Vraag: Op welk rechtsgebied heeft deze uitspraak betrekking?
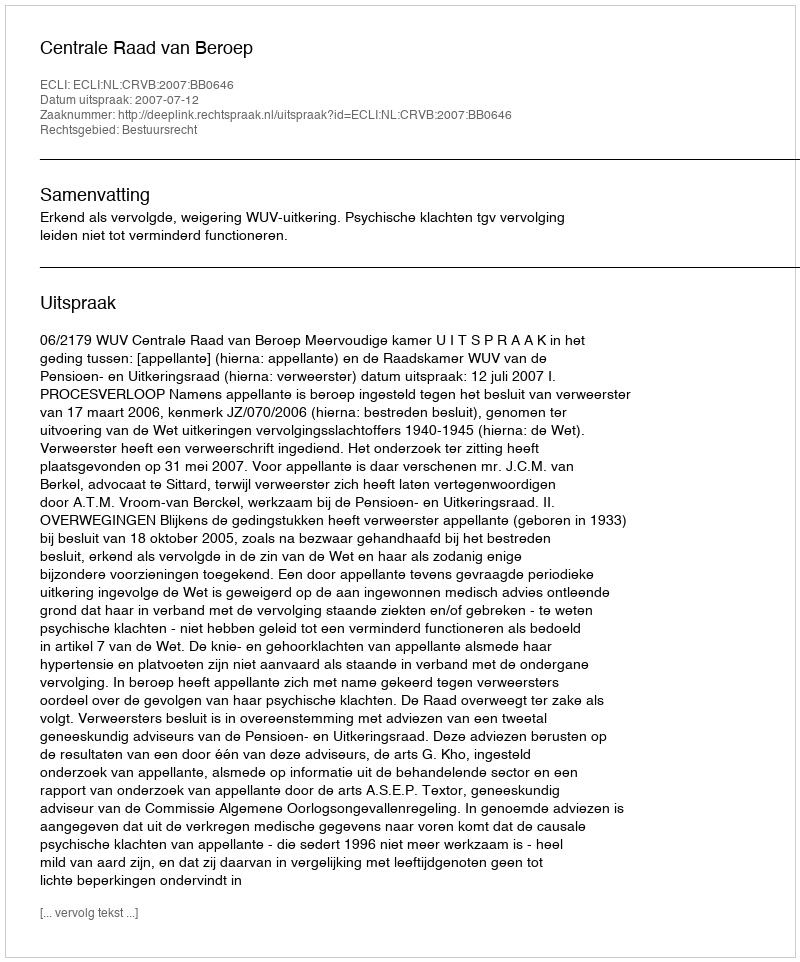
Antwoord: Bestuursrecht